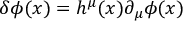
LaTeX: \delta \phi ( x ) = h ^ { \mu } ( x ) \partial _ { \mu } \phi ( x )